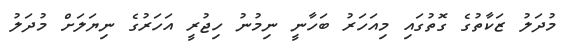
މުދަލު ޒަކާތުގެ ގޮތުގައި މިއަހަރު ބަހާނީ ނިމުނު ހިޖުރީ އަހަރުގެ ނިޔަލަށް މުދަލު